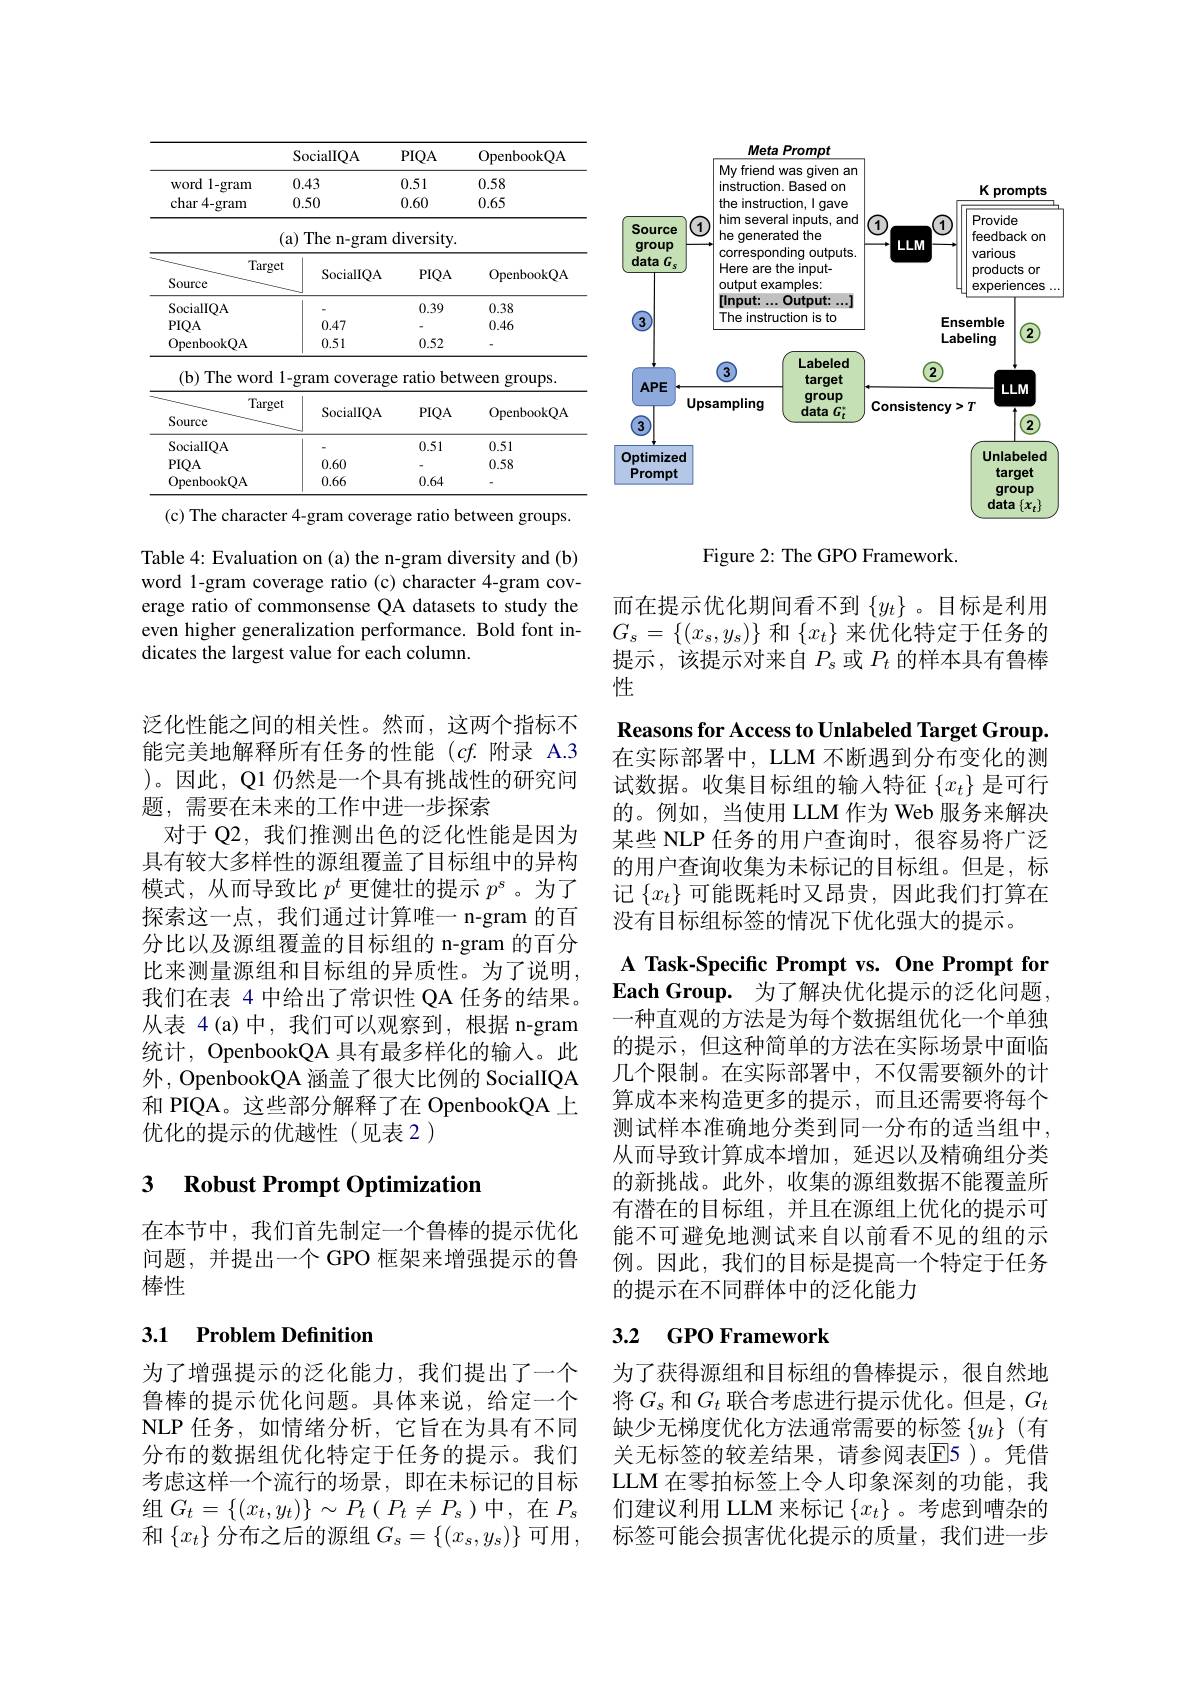
<table>
	<tbody>
		<tr>
			<th> </th>
			<th>SocialIQA</th>
			<th>$PIQA$</th>
			<th>OpenbookQA</th>
		</tr>
		<tr>
			<td>word 1 1 - gram</td>
			<td>0.43</td>
			<td>0.51</td>
			<td>0.58</td>
		</tr>
		<tr>
			<td>char 4-gram</td>
			<td>0.50</td>
			<td>0.60</td>
			<td>0.65</td>
		</tr>
		<tr>
			<td> </td>
			<td>The n-gram $a)$</td>
			<td>diversity.</td>
			<td> </td>
		</tr>
		<tr>
			<td>Targe Source</td>
			<td>SocialIQA</td>
			<td>$PIQA$</td>
			<td>OpenbookQA</td>
		</tr>
		<tr>
			<td>SocialIQA</td>
			<td> </td>
			<td>0.39</td>
			<td>0.38</td>
		</tr>
		<tr>
			<td>$PIQA$</td>
			<td>0.47</td>
			<td> </td>
			<td>0.46</td>
		</tr>
		<tr>
			<td>OpenbookQA</td>
			<td>0.51</td>
			<td>0.52</td>
			<td>1</td>
		</tr>
		<tr>
			<td>$(\mathbf{b})$ The ${\mathrm{word}}$</td>
			<td>-gram coverage</td>
			<td>bet ratio </td>
			<td>veen groups.</td>
		</tr>
		<tr>
			<td>Targe Source</td>
			<td>SocialIQA</td>
			<td>$PIQA$</td>
			<td>OpenbookQA</td>
		</tr>
		<tr>
			<td>SocialIQA</td>
			<td> </td>
			<td>0.51</td>
			<td>0.51</td>
		</tr>
		<tr>
			<td>$PIQA$</td>
			<td>0.60</td>
			<td> </td>
			<td>0.58</td>
		</tr>
		<tr>
			<td>OpenbookOA</td>
			<td>0.66</td>
			<td>0.64</td>
			<td> </td>
		</tr>
	</tbody>
</table>

(c) The character 4-gram coverage ratio between groups.

Table 4: Evaluation on (a) the n-gram diversity and (b) word 1-gram coverage ratio (c) character 4-gram coverage ratio of commonsense QA datasets to study the even higher generalization performance. Bold font indicates the largest value for each column.

泛化性能之间的相关性。然而，这两个指标不能完美地解释所有任务的性能$(cf.$附录 A.3 )。因此，Q1 仍然是一个具有挑战性的研究问题，需要在未来的工作中进一步探索
对于 Q2,我们推测出色的泛化性能是因为具有较大多样性的源组覆盖了目标组中的异构模式，从而导致比$p^t$更健壮的提示$p^s$ 。为了探索这一点，我们通过计算唯一 n-gram 的百分比以及源组覆盖的目标组的 n-gram 的百分比来测量源组和目标组的异质性。为了说明， 我们在表 4 中给出了常识性 QA 任务的结果。从表 4(a)中，我们可以观察到，根据 n-gram 统计，OpenbookQA 具有最多样化的输入。此外，OpenbookQA 涵盖了很大比例的 SocialIQA 和 PIQA。这些部分解释了在 OpenbookQA 上优化的提示的优越性(见表 2)

## 3 Robust Prompt Optimization

在本节中，我们首先制定一个鲁棒的提示优化问题，并提出一个 GPO 框架来增强提示的鲁棒性

## 3.1 Problem Definition

为了增强提示的泛化能力，我们提出了一个鲁棒的提示优化问题。具体来说，给定一个NLP 任务，如情绪分析，它旨在为具有不同分布的数据组优化特定于任务的提示。我们考虑这样一个流行的场景，即在未标记的目标组$G_t=\{(x_t,y_t)\}\sim P_t(P_t\neq P_s)$中，在$P_s$ 和$\{x_t\}$分布之后的源组$G_s=\{(x_s,y_s)\}$可用，

<FigureHere>

Figure 2: The GPO Framework.

而在提示优化期间看不到$\{y_t\}$ 。目标是利用$G_s=\left\{(x_s,y_s)\right\}$和$\left\{x_t\right\}$来优化特定于任务的提示，该提示对来自$P_s$或$P_t$的样本具有鲁棒性
Reasons for Access to Unlabeled Target Group. 在实际部署中，LLM 不断遇到分布变化的测试数据。收集目标组的输入特征$\{x_t\}$是可行的。例如，当使用 LLM 作为 Web 服务来解决某些 NLP 任务的用户查询时，很容易将广泛的用户查询收集为未标记的目标组。但是，标记$\{x_t\}$可能既耗时又昂贵，因此我们打算在没有目标组标签的情况下优化强大的提示。
A Task-Specific Prompt vs. One Prompt for $\mathbf{EachGroup.}$ 为了解决优化提示的泛化问题， 一种直观的方法是为每个数据组优化一个单独的提示，但这种简单的方法在实际场景中面临几个限制。在实际部署中，不仅需要额外的计算成本来构造更多的提示，而且还需要将每个测试样本准确地分类到同一分布的适当组中， 从而导致计算成本增加，延迟以及精确组分类的新挑战。此外，收集的源组数据不能覆盖所有潜在的目标组，并且在源组上优化的提示可能不可避免地测试来自以前看不见的组的示例。因此，我们的目标是提高一个特定于任务的提示在不同群体中的泛化能力

# 3.2 GPO Framework

为了获得源组和目标组的鲁棒提示，很自然地将$G_s$ 和$G_t$ 联合考虑进行提示优化。但是，$G_t$ 缺少无梯度优化方法通常需要的标签$\{y_t\}$ (有关无标签的较差结果，请参阅表$\overline{\mathbb{E}}$5)。凭借LLM 在零拍标签上令人印象深刻的功能，我们建议利用 LLM 来标记$\{x_t\}$ 。考虑到嘈杂的标签可能会损害优化提示的质量，我们进一步